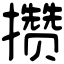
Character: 攒